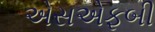
એસએફબી